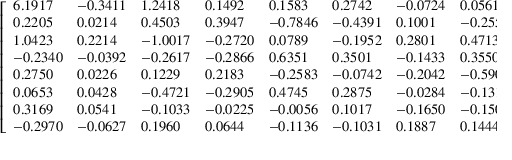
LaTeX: \left[ \begin{array} { l l l l l l l l } { 6 . 1 9 1 7 } & { - 0 . 3 4 1 1 } & { 1 . 2 4 1 8 } & { 0 . 1 4 9 2 } & { 0 . 1 5 8 3 } & { 0 . 2 7 4 2 } & { - 0 . 0 7 2 4 } & { 0 . 0 5 6 1 } \\ { 0 . 2 2 0 5 } & { 0 . 0 2 1 4 } & { 0 . 4 5 0 3 } & { 0 . 3 9 4 7 } & { - 0 . 7 8 4 6 } & { - 0 . 4 3 9 1 } & { 0 . 1 0 0 1 } & { - 0 . 2 5 5 4 } \\ { 1 . 0 4 2 3 } & { 0 . 2 2 1 4 } & { - 1 . 0 0 1 7 } & { - 0 . 2 7 2 0 } & { 0 . 0 7 8 9 } & { - 0 . 1 9 5 2 } & { 0 . 2 8 0 1 } & { 0 . 4 7 1 3 } \\ { - 0 . 2 3 4 0 } & { - 0 . 0 3 9 2 } & { - 0 . 2 6 1 7 } & { - 0 . 2 8 6 6 } & { 0 . 6 3 5 1 } & { 0 . 3 5 0 1 } & { - 0 . 1 4 3 3 } & { 0 . 3 5 5 0 } \\ { 0 . 2 7 5 0 } & { 0 . 0 2 2 6 } & { 0 . 1 2 2 9 } & { 0 . 2 1 8 3 } & { - 0 . 2 5 8 3 } & { - 0 . 0 7 4 2 } & { - 0 . 2 0 4 2 } & { - 0 . 5 9 0 6 } \\ { 0 . 0 6 5 3 } & { 0 . 0 4 2 8 } & { - 0 . 4 7 2 1 } & { - 0 . 2 9 0 5 } & { 0 . 4 7 4 5 } & { 0 . 2 8 7 5 } & { - 0 . 0 2 8 4 } & { - 0 . 1 3 1 1 } \\ { 0 . 3 1 6 9 } & { 0 . 0 5 4 1 } & { - 0 . 1 0 3 3 } & { - 0 . 0 2 2 5 } & { - 0 . 0 0 5 6 } & { 0 . 1 0 1 7 } & { - 0 . 1 6 5 0 } & { - 0 . 1 5 0 0 } \\ { - 0 . 2 9 7 0 } & { - 0 . 0 6 2 7 } & { 0 . 1 9 6 0 } & { 0 . 0 6 4 4 } & { - 0 . 1 1 3 6 } & { - 0 . 1 0 3 1 } & { 0 . 1 8 8 7 } & { 0 . 1 4 4 4 } \end{array} \right]